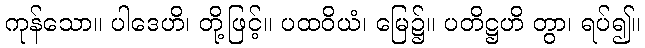
ကုန်သော။ ပါဒေဟိ၊ တို့ဖြင့်။ ပထဝိယံ၊ မြေ၌။ ပတိဋ္ဌဟိ တွာ၊ ရပ်၍။